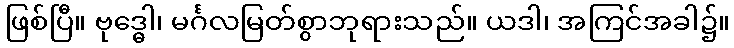
ဖြစ်ပြီ။ ဗုဒ္ဓေါ၊ မင်္ဂလမြတ်စွာဘုရားသည်။ ယဒါ၊ အကြင်အခါ၌။